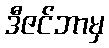
ဒီဇင်ဘာမှ